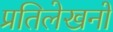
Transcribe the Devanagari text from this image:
प्रतिलेखनों